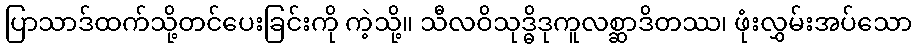
ပြာသာဒ်ထက်သို့တင်ပေးခြင်းကို ကဲ့သို့။ သီလဝိသုဒ္ဓိဒုကူလစ္ဆာဒိတဿ၊ ဖုံးလွှမ်းအပ်သော